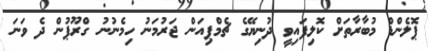
ޕޮލެންޑް މުބާރާތަށް ކޮލިފައިވީ ދުނިޔޭގެ ޗެމްޕިއަން ޖަރުމަނު ހިމެނުނު ގްރޫޕުން ދެ ވަނަ